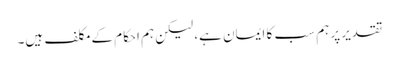
تقدیر پر ہم سب کا ایمان ہے، لیکن ہم احکام کے مکلف ہیں۔